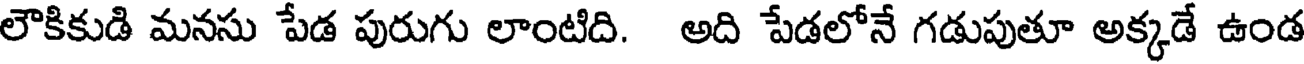
లౌకికుడి మనసు పేడ పురుగు లాంటిది. అది పేడలోనే గడుపుతూ అక్కడే ఉండ